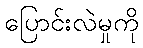
ပြောင်းလဲမှုကို